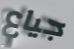
جياع